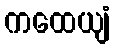
ကထေယျံ